Vaccination in Burma 1920-1933 - 1920-1933
Year: 1920
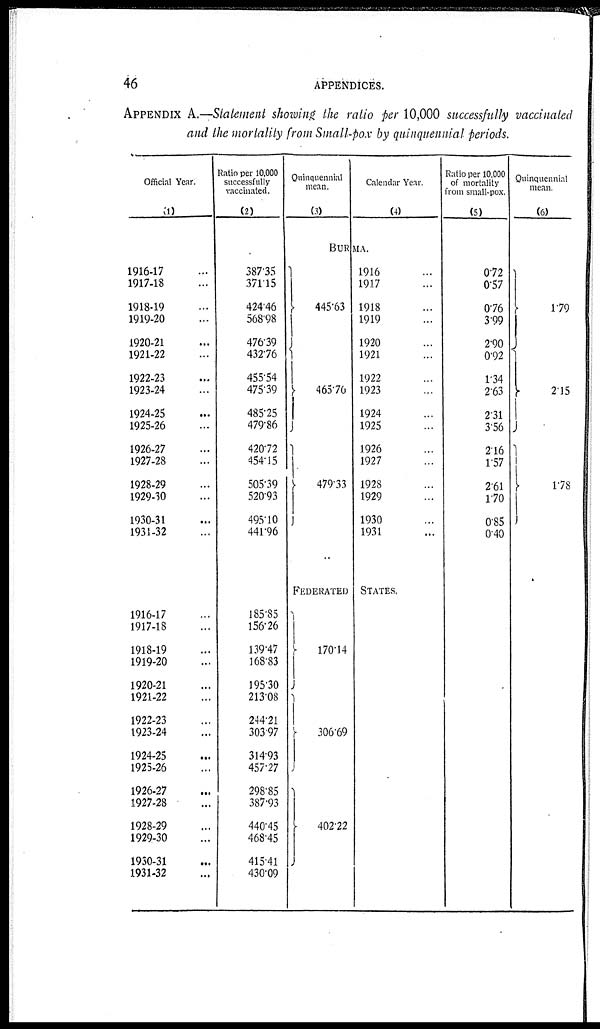
46
APPENDICES.
APPENDIX A.—Statement showing the ratio per 10,000 successfully vaccinated
and the mortality from Small-pox by quinquennial Periods.
Official Year.
(1)
1916-17 ...
1917-18 ...
1918-19 ...
1919-20 ...
1920-21 ...
1921-22 ...
1922-23 ...
1923-24 ...
1924-25 ...
1925-26 ...
1926-27 ...
1927-28 ...
1928-29 ...
1929-30 ...
1930-31 ...
1931-32 ...
1916-17 ...
1917-18 ...
1918-19 ...
1919-20 ...
1920-21 ...
1921-22 ...
1922-23 ...
1923-24 ...
1924-25 ...
1925-26 ...
1926-27 ...
1927-28 ...
1928-29 ...
1929-30 ...
1930-31 ...
1931-32 ...
Ratio per 10,000
successfully
vaccinated.
(2)
387.35
371.15
424.46
568.98
476.39
432.76
455.54
475.39
485.25
479.86
420.72
454.15
505.39
520.93
495.10
441.96
185.85
156.26
139.47
168.83
195.30
213.08
244.21
303.97
314.93
457.27
298.85
387.93
440.45
468.45
415.41
430.09
Quinquennial
mean.
(3)
Calendar Year.
(4)
BURMA.
445.63
465.70
479.33
...
1916 ...
1917 ...
1918 ...
1919 ...
1920 ...
1921 ...
1922 ...
1923 ...
1924 ...
1925 ...
1926 ...
1927 ...
1928 ...
1929 ...
1930 ...
1931 ...
FEDERATED STATES.
170.14
306.69
402.22
Ratio per 10,000
of mortality
from small-pox.
(5)
0.72
0.57
0.76
3.99
2.90
0.92
1.34
2.63
2.31
3.56
2.16
1.57
2.61
1.70
0.85
0.40
Quinquennial
mean.
(6)
1.79
2.15
1.71